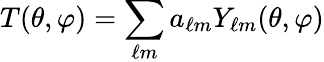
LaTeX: T(\theta,\varphi)=\sum_{\ell m}a_{\ell m}Y_{\ell m}(\theta,\varphi)